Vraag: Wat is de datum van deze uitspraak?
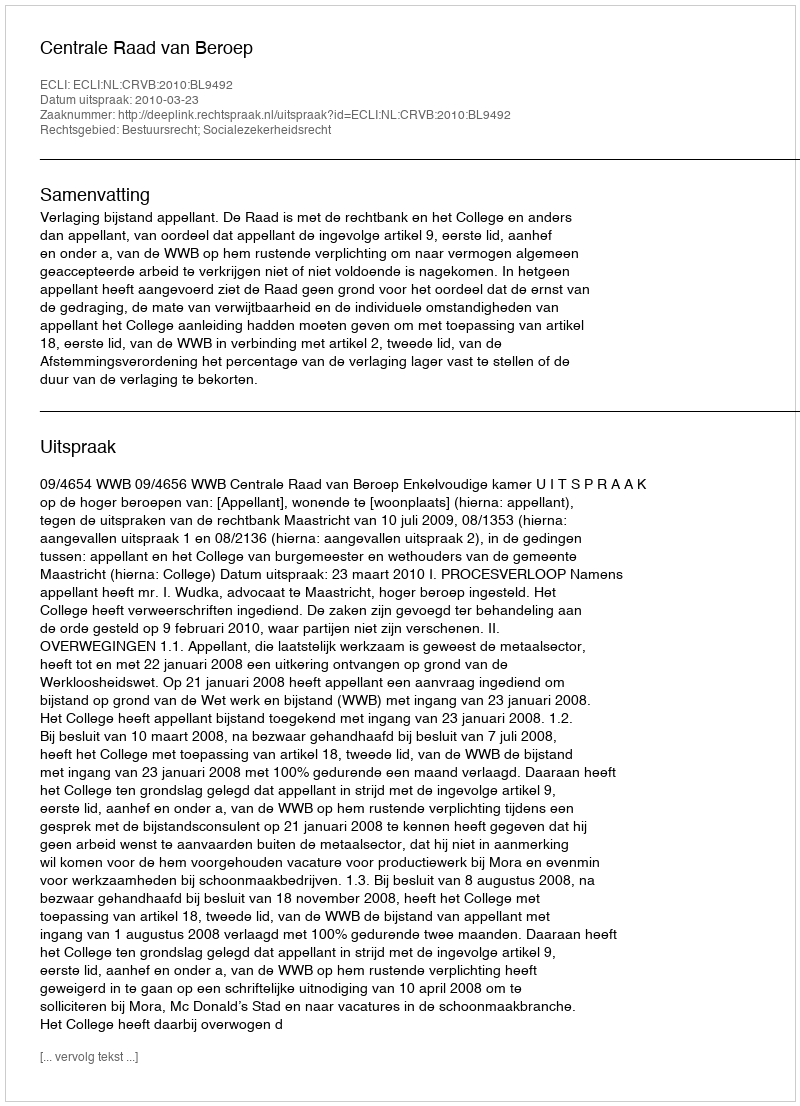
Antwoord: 2010-03-23